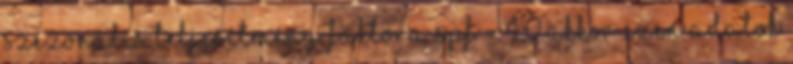
szezonális teljesítmény faktora SPF = 4,0 akkor ezen adatok